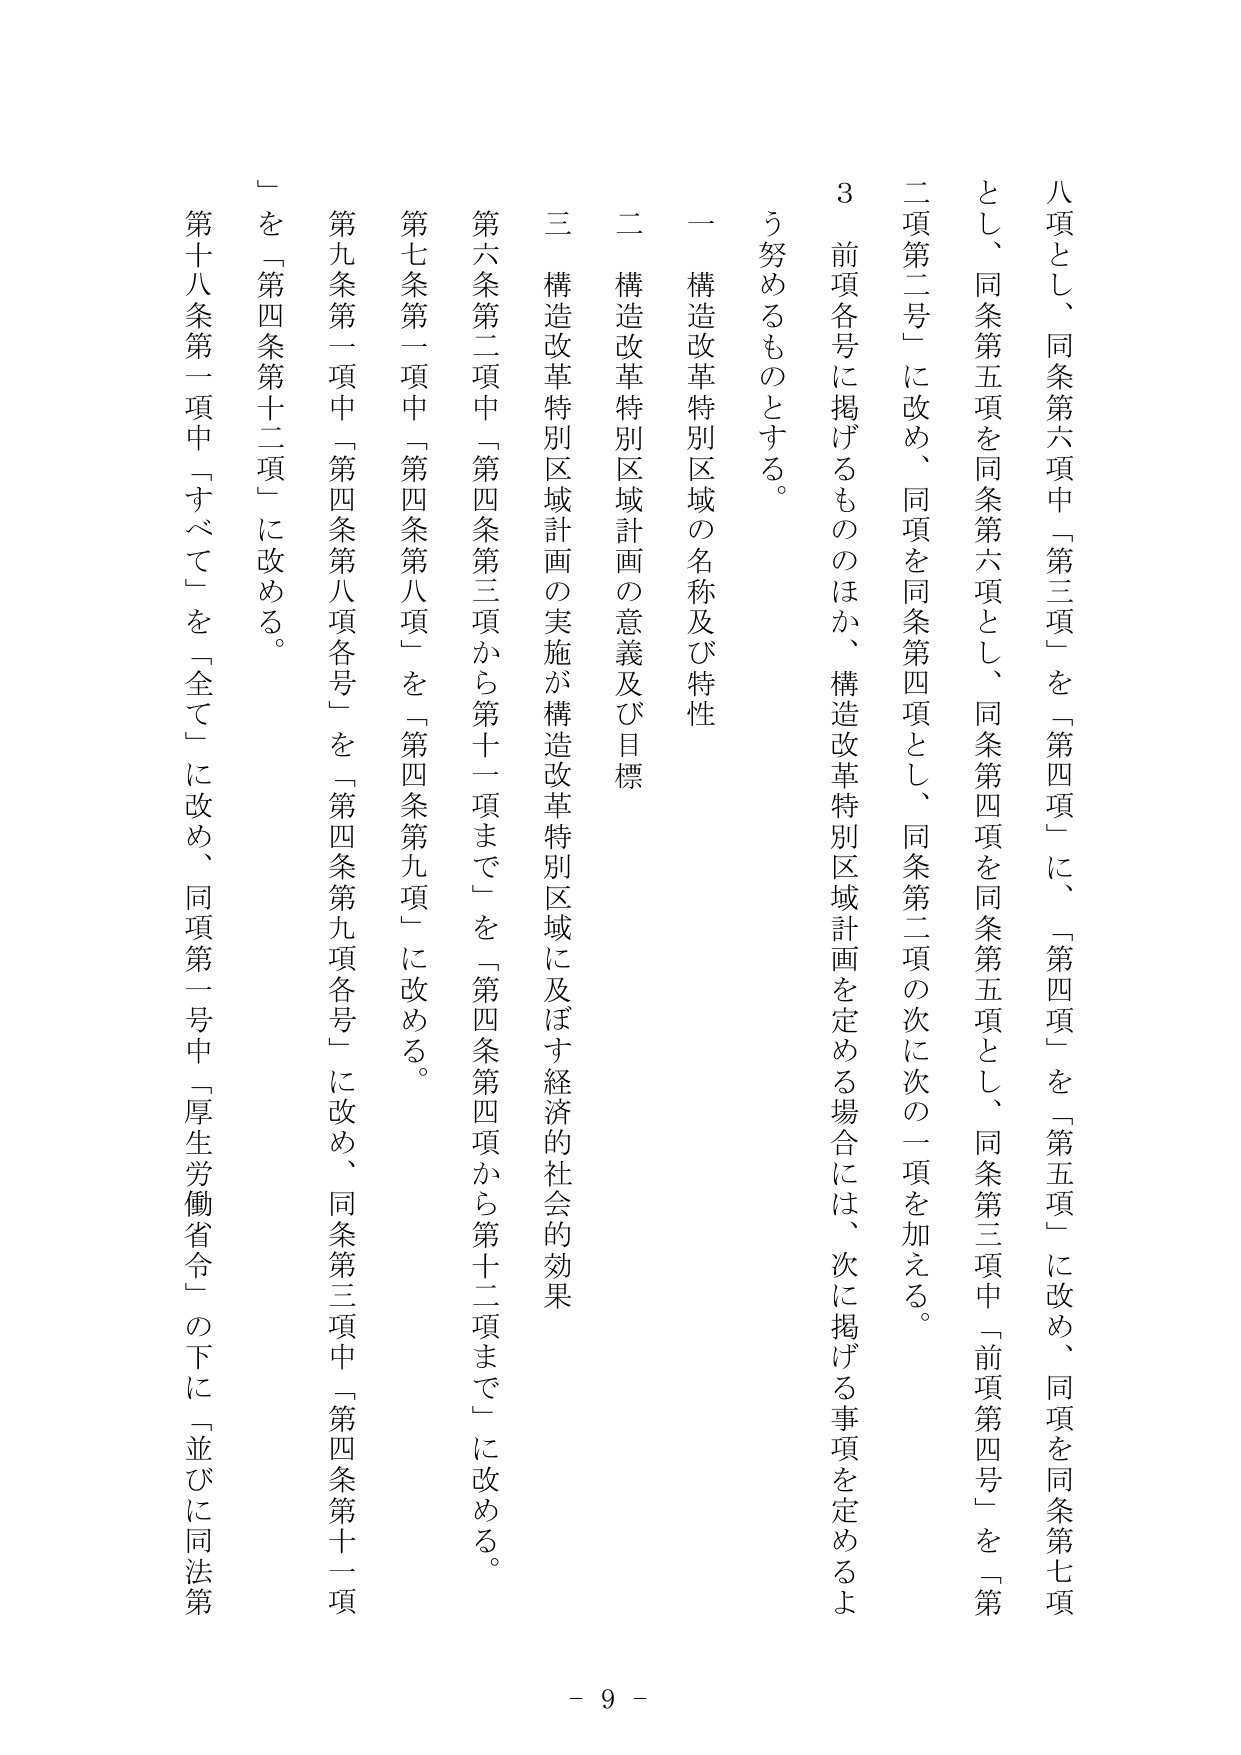
八項とし、同条第六項中「第三項」を「第四項」に、「第四項」を「第五項」に改め、同項を同条第七項
とし、同条第五項を同条第六項とし、同条第四項を同条第五項とし、同条第三項中「前項第四号」を「第
二項第二号」に改め、同項を同条第四項とし、同条第二項の次に次の一項を加える。
３ 前項各号に掲げるもののほか、構造改革特別区域計画を定める場合には、次に掲げる事項を定めるよ
う努めるものとする。
一 構造改革特別区域の名称及び特性
二 構造改革特別区域計画の意義及び目標
三 構造改革特別区域計画の実施が構造改革特別区域に及ぼす経済的・社会的効果
第六条第二項中「第四条第三項から第十一項まで」を「第四条第四項から第十二項まで」に改める。
第七条第一項中「第四条第八項」を「第四条第九項」に改める。
第九条第一項中「第四条第八項各号」を「第四条第九項各号」に改め、同条第三項中「第四条第十一項
」を「第四条第十二項」に改める。
第十八条第一項中「すべて」を「全て」に改め、同項第一号中「厚生労働省令」の下に「並びに同法第
- 9 -